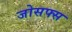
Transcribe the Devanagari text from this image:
जोसफ्स